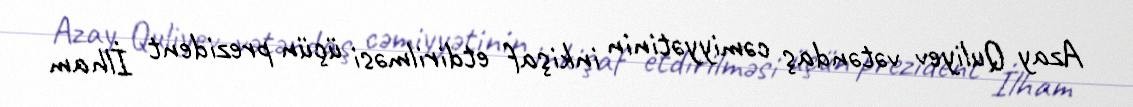
Azay Quliyev vətəndaş cəmiyyətinin inkişaf etdirilməsi üçün prezident İlham